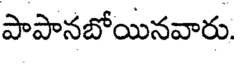
పాపానబోయినవారు.